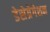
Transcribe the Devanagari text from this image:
डेसेग्रेगेशन